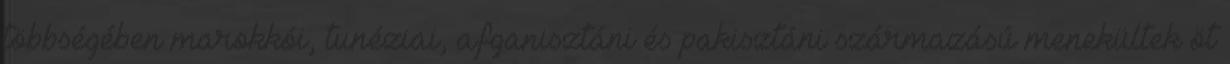
többségében marokkói, tunéziai, afganisztáni és pakisztáni származású menekültek öt